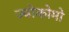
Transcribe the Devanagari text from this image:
ज्योकोमो